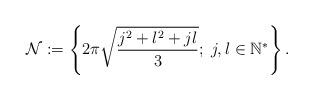
LaTeX: \begin{align*} \mathcal{N}:=\left\{ 2\pi\sqrt{\frac{j^{2}+l^{2}+jl}{3}};\;j,l\in \mathbb{N}^{\ast}\right\}. \end{align*}